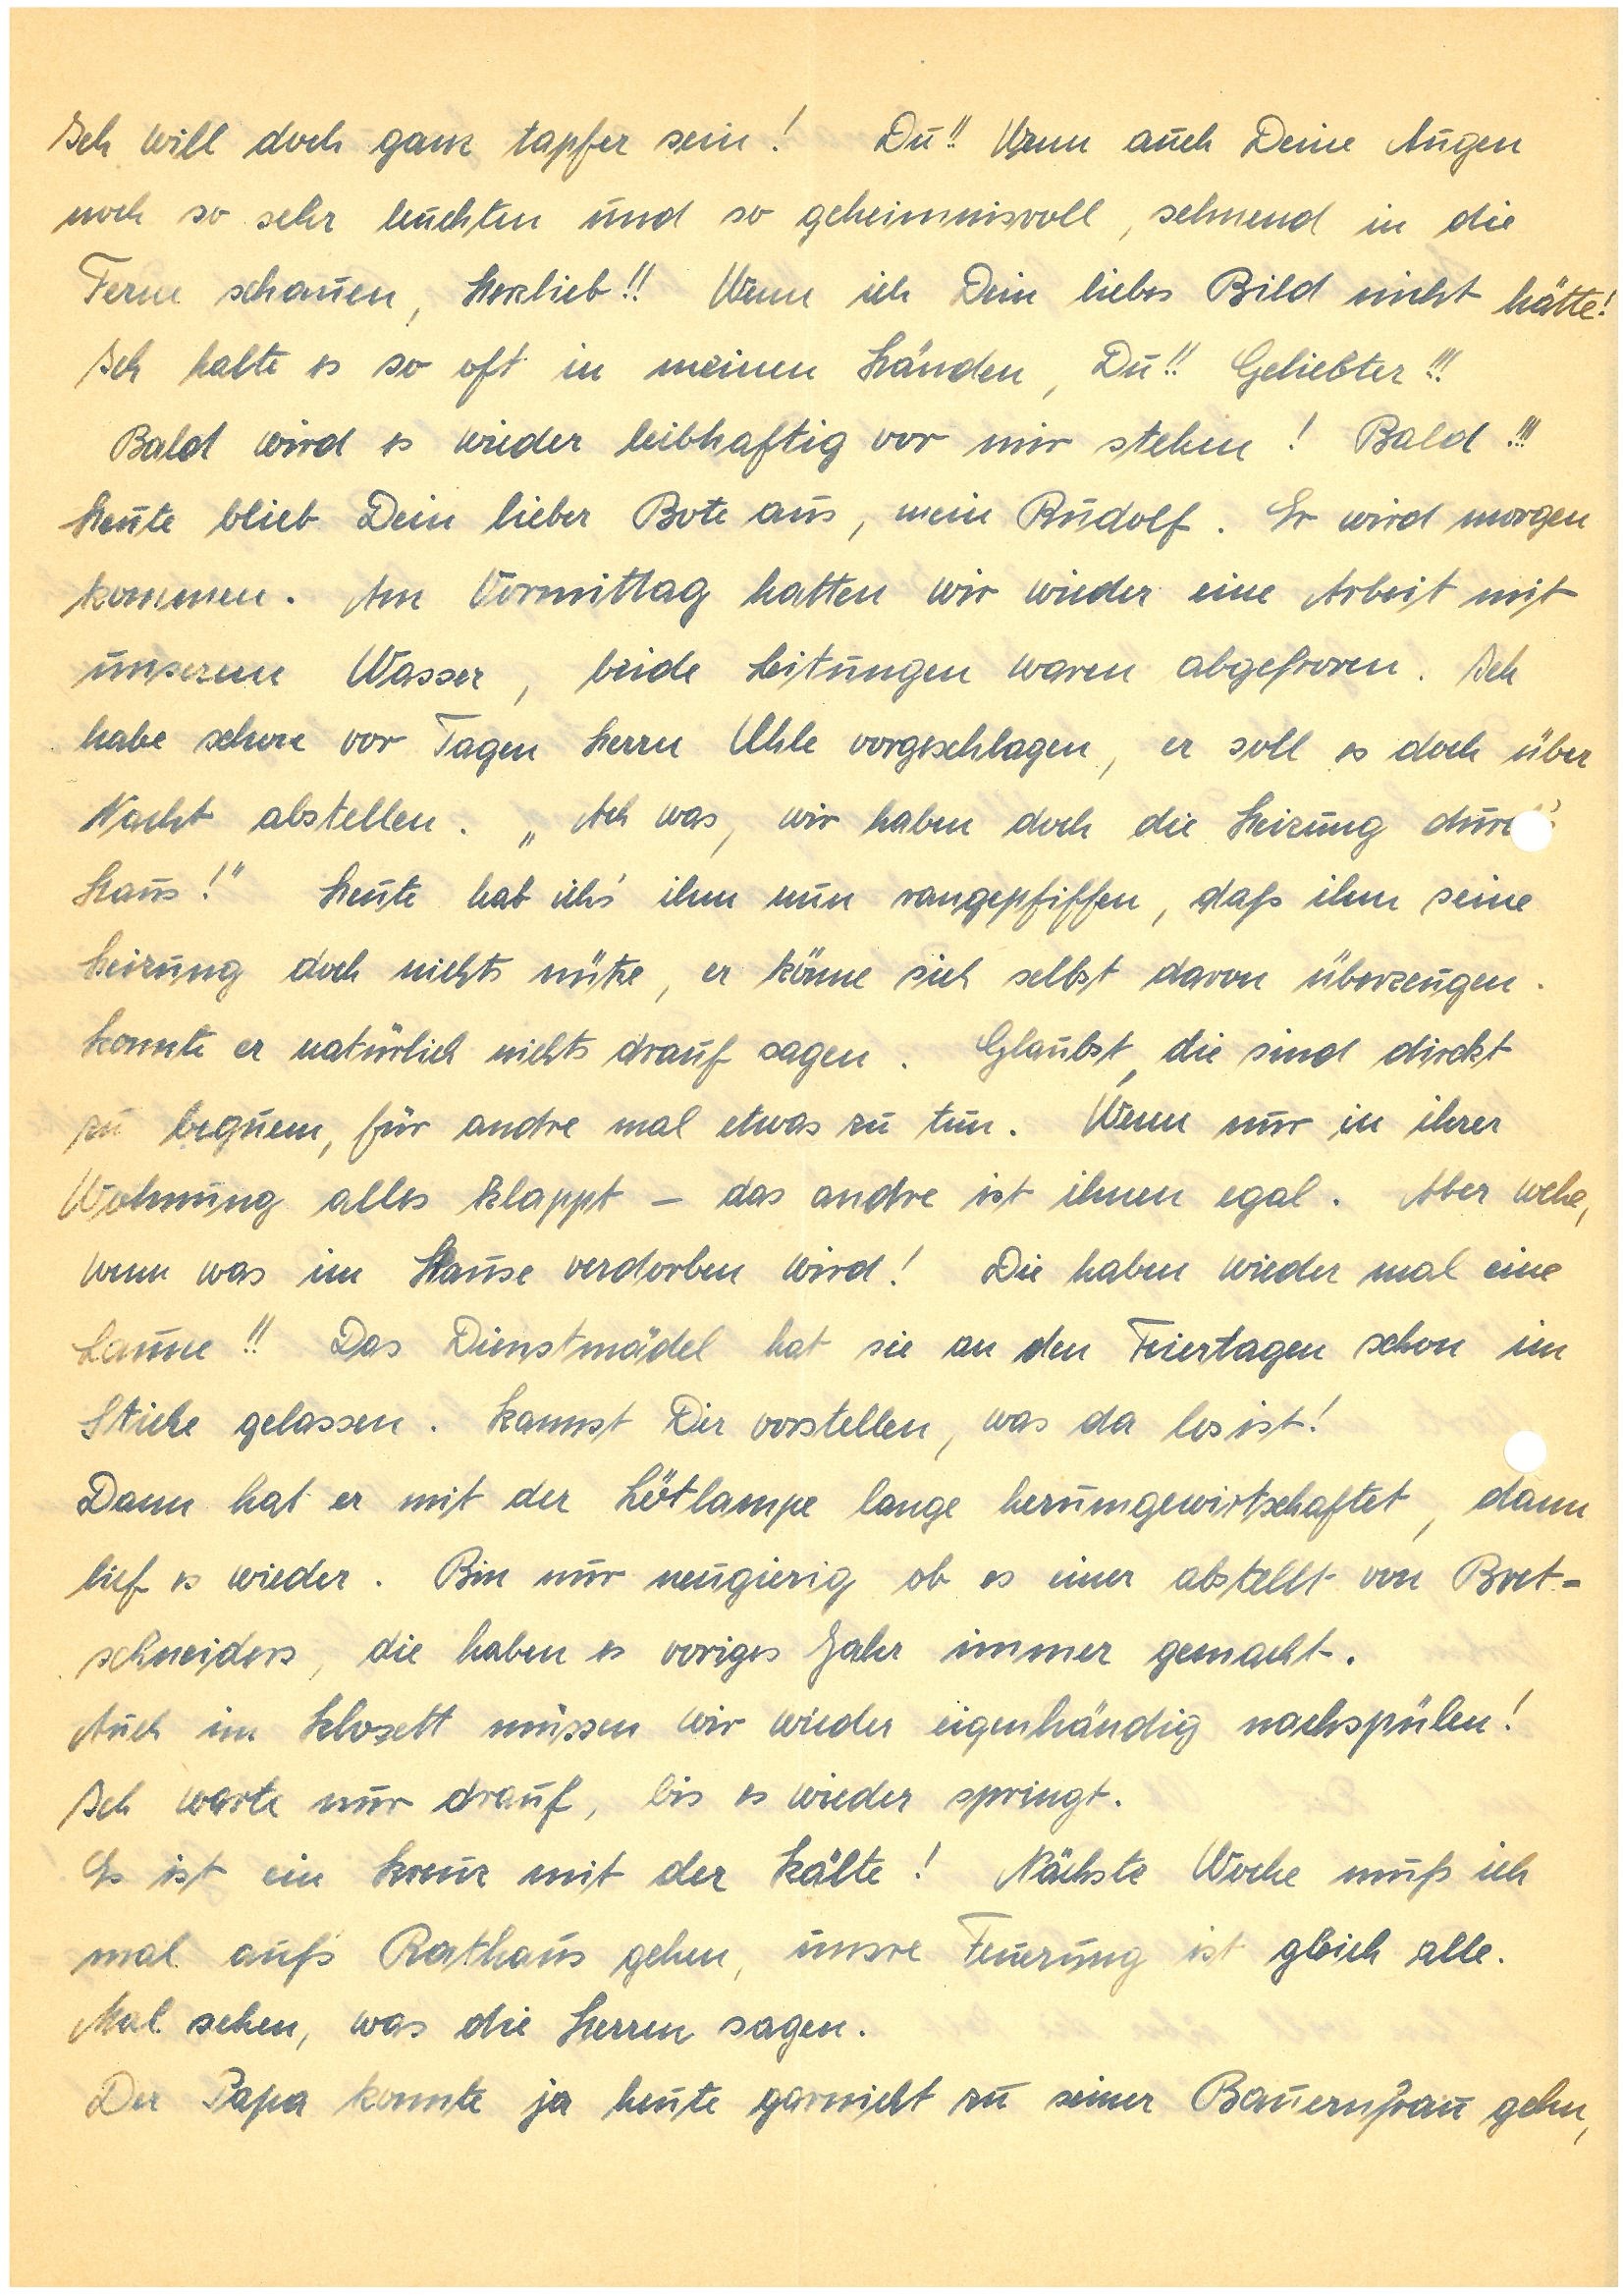
Ich will doch ganz tapfer sein! Du!! Wenn auch Deine Augen
noch so sehr leuchten und so geheimnisvoll, sehnend in die
Ferne schauen, Herzlieb!! Wenn ich Dein liebes Bild nicht hätte!
Ich halte es so oft in meinen Händen, Du!! Geliebter!!!
Bald wird es wieder leibhaftig vor mir stehen! Bald!!!
Heute blieb Dein lieber Bote aus, mein . Er wird morgen
kommen. Am Vormittag hatten wir wieder eine Arbeit mit
unserem Wasser, beide Leitungen waren abgefroren. Ich
habe schon vor Tagen Herrn U. vorgeschlagen, er soll es doch über
Nacht abstellen. „Ach was, wir haben doch die Heizung dur
Haus!“ Heute hab ich’s ihm nun rangepfiffen, daß ihm seine
Heizung doch nichts nütze, er könne sich selbst davon überzeugen.
Konnte er natürlich nichts drauf sagen. Glaubst, die sind direkt
zu bequem, für andre mal etwas zu tun. Wenn nur in ihrer
Wohnung alles klappt – das andre ist ihnen egal. Aber wehe,
wenn was im Hause verdorben wird! Die haben wieder mal eine
Laune!! Das Dienstmädel hat sie an den Feiertagen schon im
Stiche gelassen. Kannst Dir vorstellen, was da los ist!
Dann hat er mit der Lötlampe lange herumgewirtschaftet, dann
lief es wieder. Bin nur neugierig ob es einer abstellt von B.¬
s, die haben es voriges Jahr immer gemacht.
Auch im Klosett müssen wir wieder eigenhändig nachspülen!
Ich warte nur drauf, bis es wieder springt.
Es ist ein Kreuz mit der Kälte! Nächste Woche muß ich
mal auf’s Rathaus gehen, unsere Feuerung ist gleich alle.
Mal sehen, was die Herren sagen.
Der Papa konnte ja heute garnicht zu seiner Bauernfrau gehn,